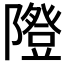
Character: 𨽆